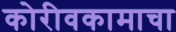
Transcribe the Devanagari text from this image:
कोरीवकामाचा